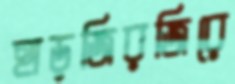
হাড়জিরজিরে